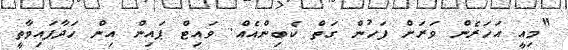
"މިއީ އަހަރެން ވަރަށް ފަހުން ގަތް ކެބިންއެއް. ވައިޓް ޕައިން އިން ހަދާފައިވާތީ